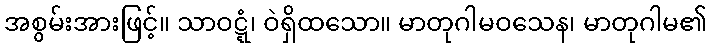
အစွမ်းအားဖြင့်။ သာဝဋ္ဋံ၊ ဝဲရှိထသော။ မာတုဂါမဝသေန၊ မာတုဂါမ၏